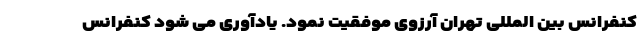
کنفرانس بین المللی تهران آرزوی موفقیت نمود. یادآوری می شود کنفرانس